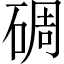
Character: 碉